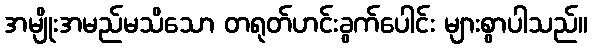
အမျိုးအမည်မသိသော တရုတ်ဟင်းခွက်ပေါင်း များစွာပါသည်။